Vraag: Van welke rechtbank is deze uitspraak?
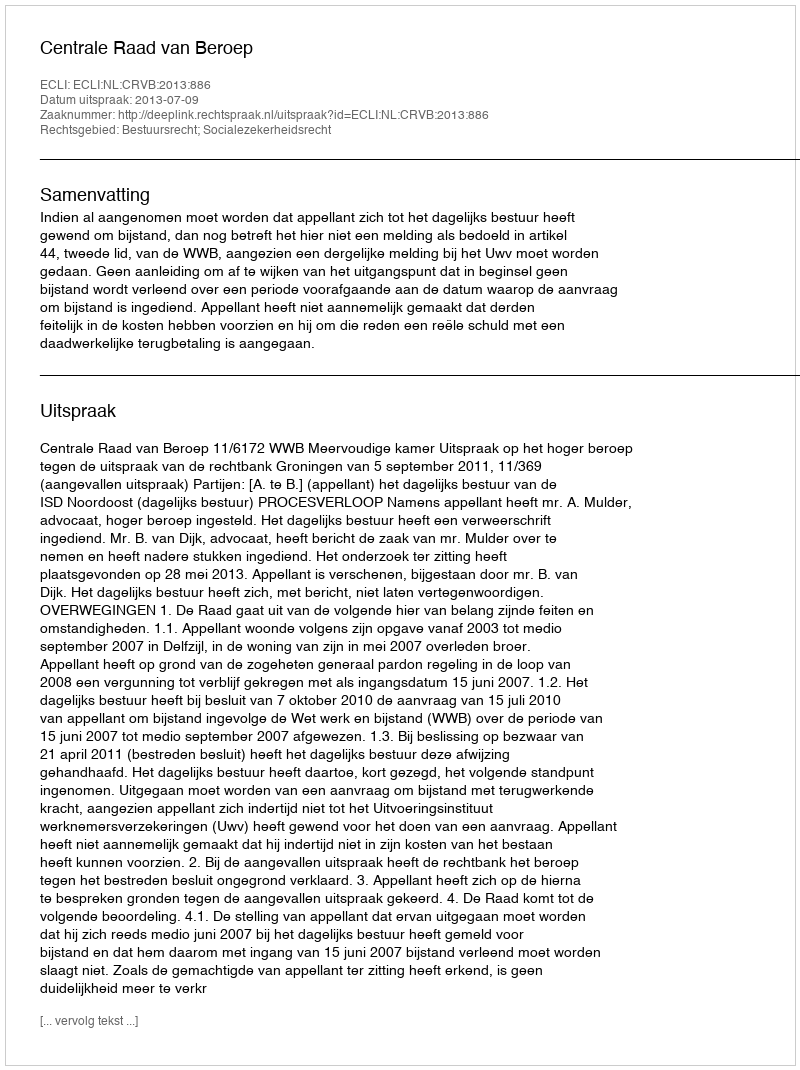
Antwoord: Centrale Raad van Beroep